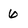
Character: 6